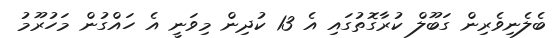
ބެލެނިވެރިން ގަބޫލް ކުރާގޮތުގައި އެ 13 ކުދިން މިވަނީ އެ ހައްގުން މަހުރޫމު